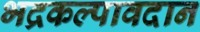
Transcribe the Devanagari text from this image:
भद्रकल्पावदान